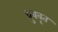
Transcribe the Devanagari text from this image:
ध्रुववृत